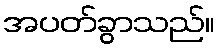
အပတ်ခွာသည်။